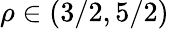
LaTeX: \rho\in\left(3/2,5/2\right)